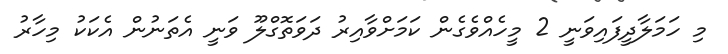
މި ހަމަލާދީފައިވަނީ 2 މީހެއްވެގެން ކަމަށްވާއިރު ދަވަތޮގްލޫ ވަނީ އެތަނުން އެކަކު މިހާރު